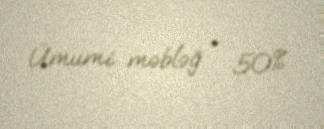
Ümumi məbləğ - 50%